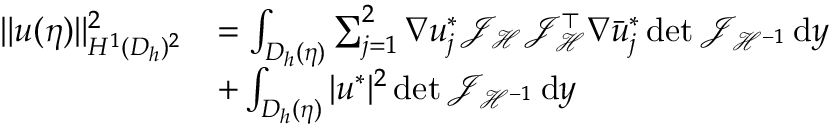
\begin{array} { r l } { \| u ( \eta ) \| _ { H ^ { 1 } ( D _ { h } ) ^ { 2 } } ^ { 2 } } & { = \int _ { D _ { h } ( \eta ) } \sum _ { j = 1 } ^ { 2 } \nabla { u } _ { j } ^ { * } \mathcal { J } _ { \mathcal { H } } \mathcal { J } _ { \mathcal { H } } ^ { \top } \nabla \bar { u } _ { j } ^ { * } \operatorname* { d e t } { \mathcal { J } _ { \mathcal { H } ^ { - 1 } } } \, \mathrm { d } y } \\ & { + \int _ { D _ { h } ( \eta ) } | u ^ { * } | ^ { 2 } \operatorname* { d e t } { \mathcal { J } _ { \mathcal { H } ^ { - 1 } } } \, \mathrm { d } y } \end{array}